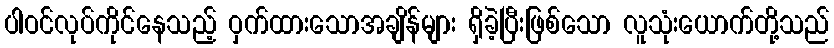
ပါဝင်လုပ်ကိုင်နေသည့် ဝှက်ထားသောအချိန်များ ရှိခဲ့ပြီးဖြစ်သော လူသုံးယောက်တို့သည်